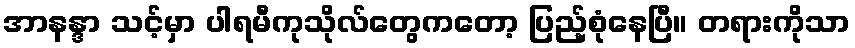
အာနန္ဒာ သင့်မှာ ပါရမီကုသိုလ်တွေကတော့ ပြည့်စုံနေပြီ။ တရားကိုသာ